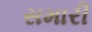
સમારી